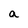
Character: a